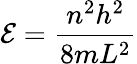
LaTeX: \mathcal{E}=\frac{{n^{2}h^{2}}}{{8mL^{2}}}